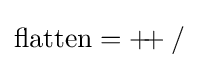
{\rm {flatten}}=+\!\!\!+/